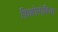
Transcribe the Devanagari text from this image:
फ़िल्लोपोडिया